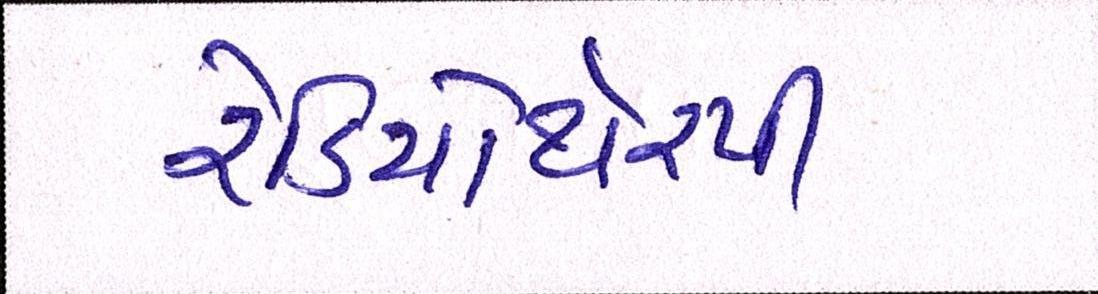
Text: રેડિયોથેરપી